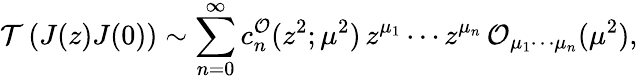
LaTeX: {\cal T}\left(J(z)J(0)\right)\sim\sum_{n=0}^{\infty}c_{n}^{\cal O}(z^{2};\mu^{2})\, z^{\mu_{1}}\cdots z^{\mu_{n}}\, {\cal O}_{\mu_{1}\cdots\mu_{n}}(\mu^{2}),